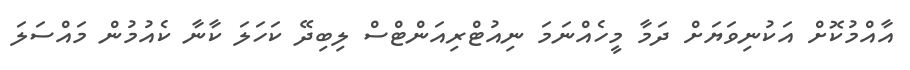
އާއްމުކޮށް އަކުނިވަޔަށް ދަމާ މީހެއްނަމަ ނިއުޓްރިއަންޓްސް ލިބިދޭ ކަހަަލަ ކާނާ ކެއުމުން މައްސަލަ